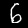
Digit: 6